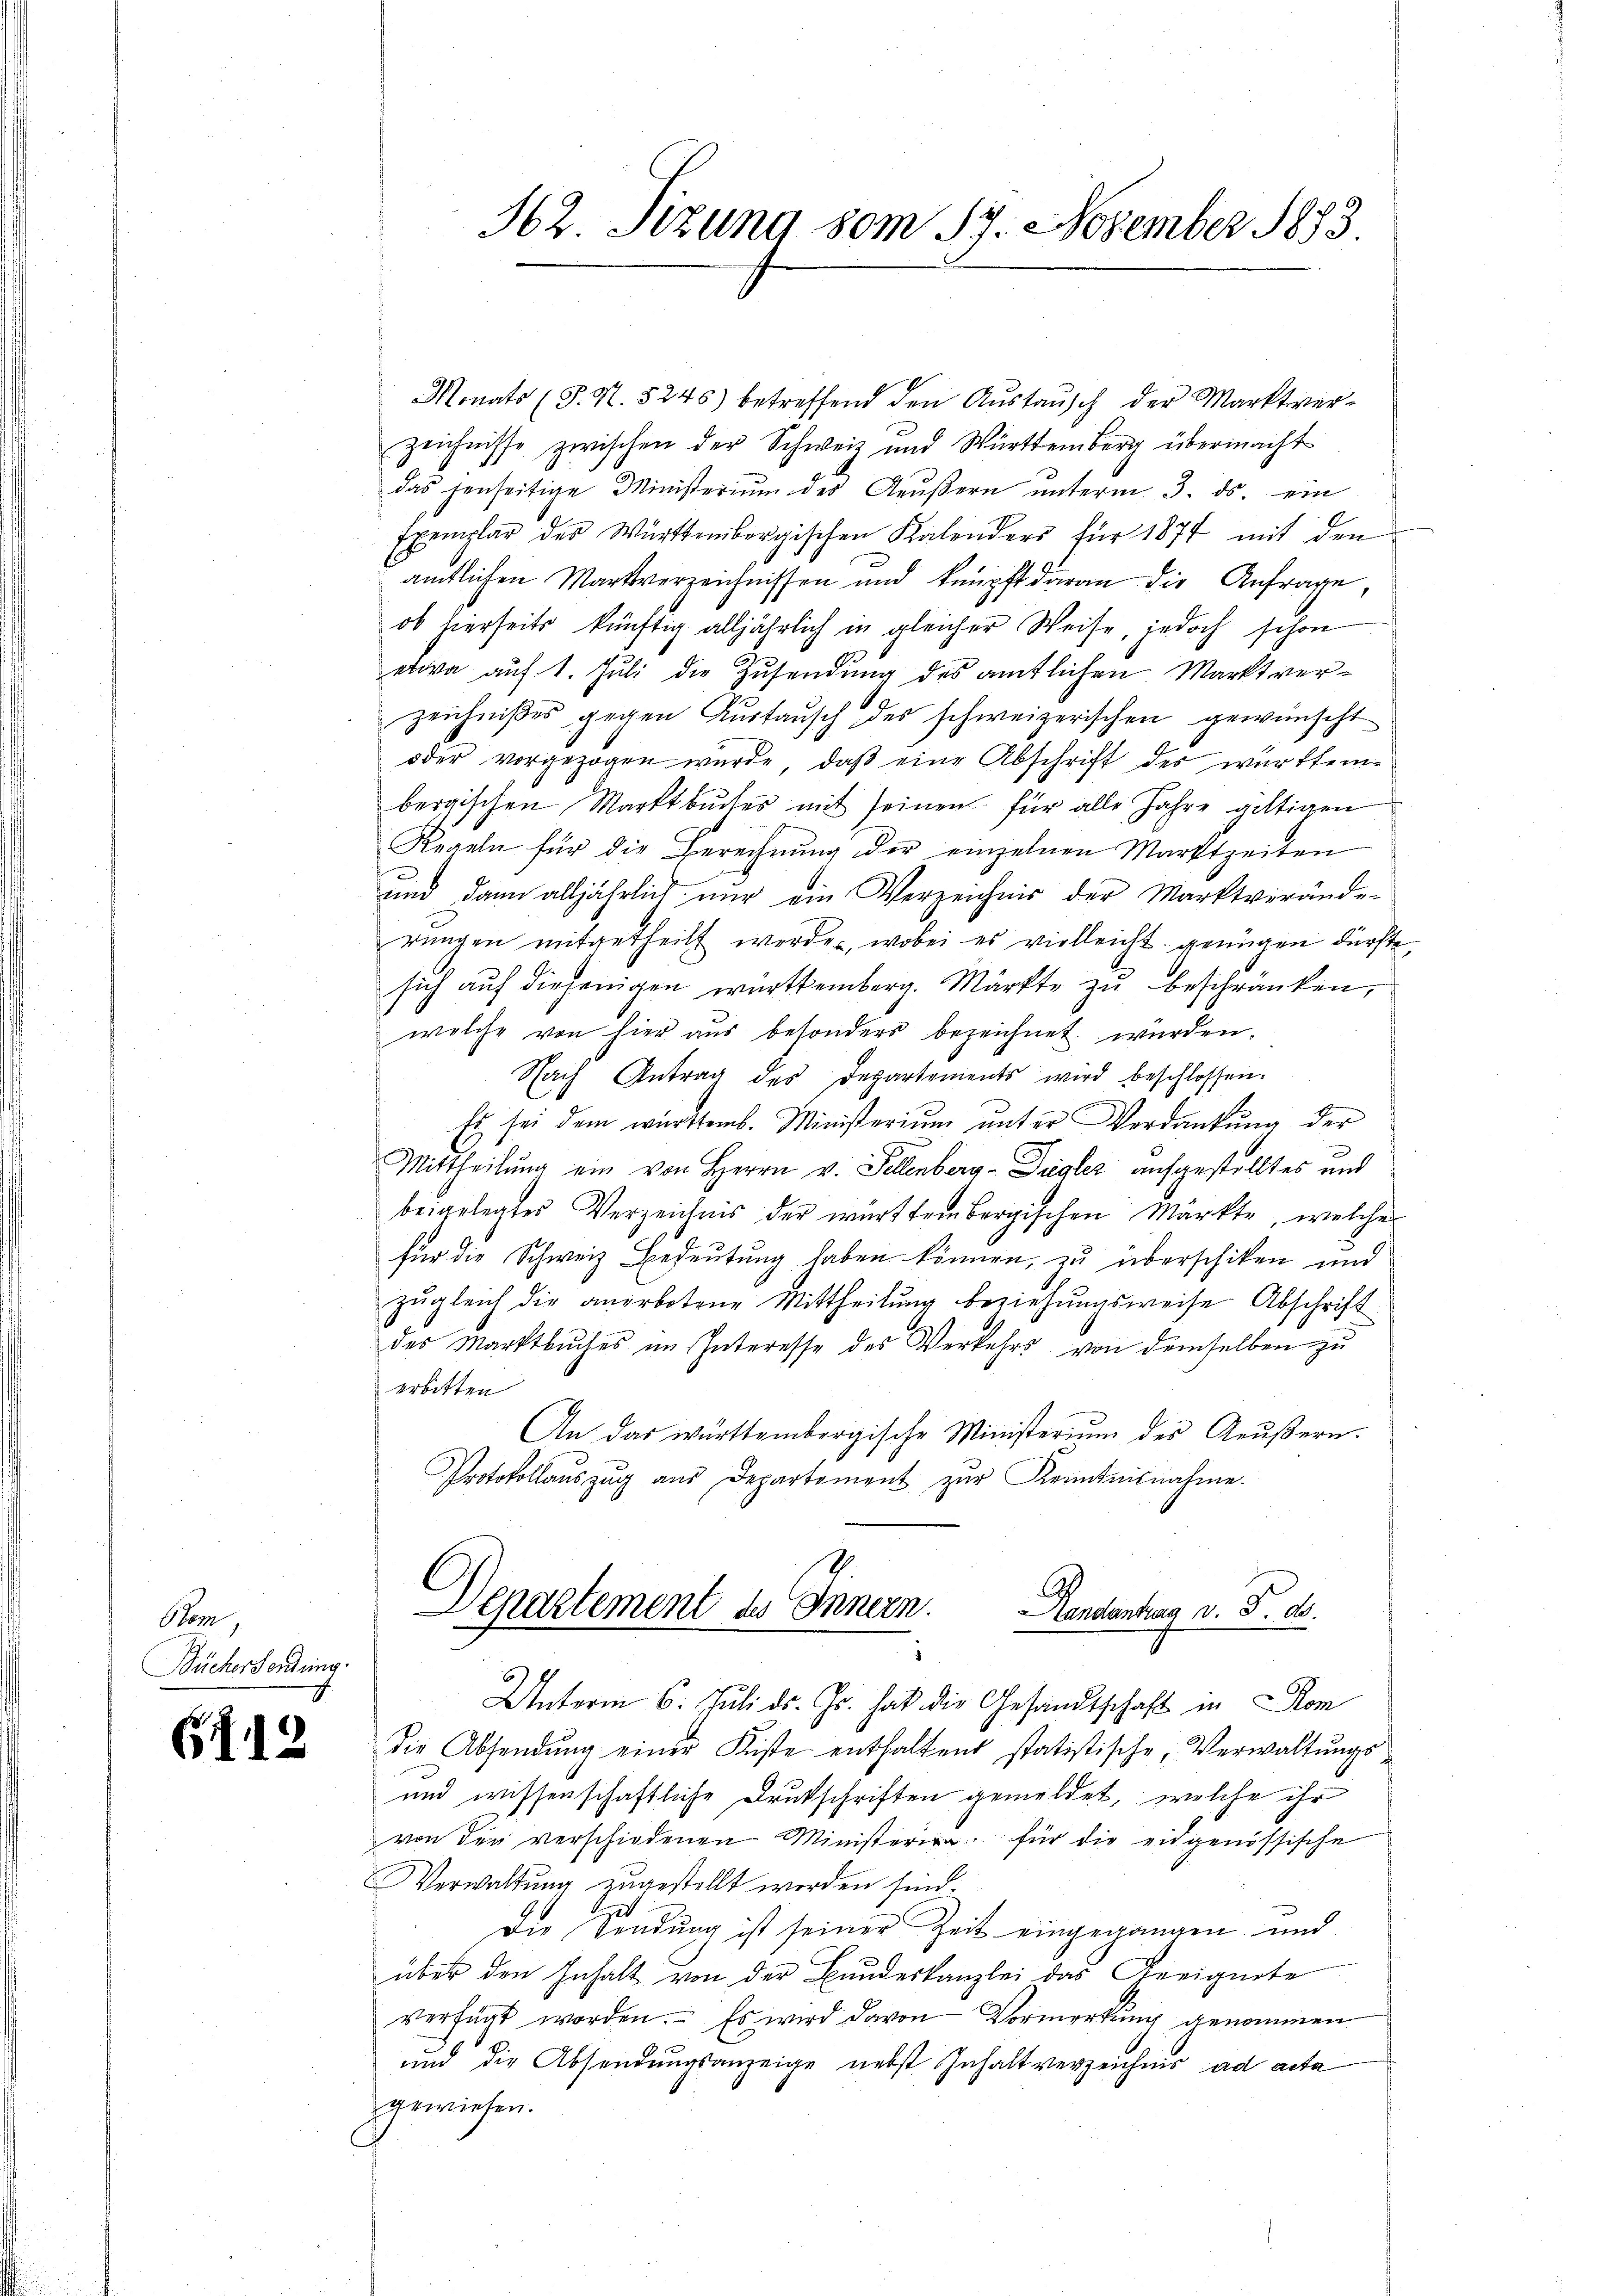
Stom,
Büchersendung.

.
(12

162 Sizung vom 17. November 1883

Monats (S. S. 5245) betreffend den Aŭstaŭsch der Marktver-
zeichnisse zwischen der Schweiz und Württemberg übermacht
das jenseitige Ministerium des Aeußern unterm 3. ds. ein
Exemplar der Württembergischen Kalenders für 1877 mit den
amtlichen Martverzeichnissen und knüpft daran die Anfrage
ob hierseits künftig alljährlich in gleicher Weise, jedoch schon
etwa auf 1. Juli die Zusendung des amtlichen Marktverzeichnißes gegen Austausch des schweizerischen gewünscht
oder vorgezogen wurde, daß eine Abschrift des württembergischen Marktbucher mit seinen für alle Jahre giltigen
Regeln für die Berechnŭng der einzelnen Marktzeiten
und dann alljährlich nur ein Verzeichnis der Marktverände-
rungen mitgetheilt werden, wobei es vielleicht genügen dürfte
sich auf diejenigen württemberg. Märkte zu beschränken,
welche von hier aus besonders bezeichnet würden.
Nach Antrag des Departements wird beschlossen.
Es sei dem württemb. Ministerium unter Verdankŭng der
Mittheilŭng ein von Herrn v. Fellenberg-Ziegler aufgestelltes und
beigelegtes Verzeichnis der württembergischen Märkte, welcher
für die Schweiz Bedeutung haben können, zu überschiken und
zŭgleich die anerbotene Mittheilŭng beziehŭngsweise Abschrift
des Marktbŭches im Interesse des Verkehrs von demselben zu
erbitten
An das württembergische Ministerium des Aeußern.
Protokollaŭszŭg aŭs Departement zŭr Kenntnisnahme.
Departement des Innern.
Handenken v. P. d.
Unterm 6. Juli d. Js. hat die Gesandtschaft in Rom
Die Absendung einer Kiste enthaltend statistische, Verwaltungs¬
und wissenschaftliche Drukschriften gemeldet, welche ihr
von der verschiedenen Ministeria für die eidgenössische
Verwaltung zugestellt worden sind.
Die Sendung ist seiner Zeit eingegangen, und
über den Inhalt von der Bundeskanzlei das Geeignete
verfügt worden. Es wird davon Vormerkung genommen
und die Absendungsanzeige nebst Inhalt verzeichnis ad acta
gewiesen.